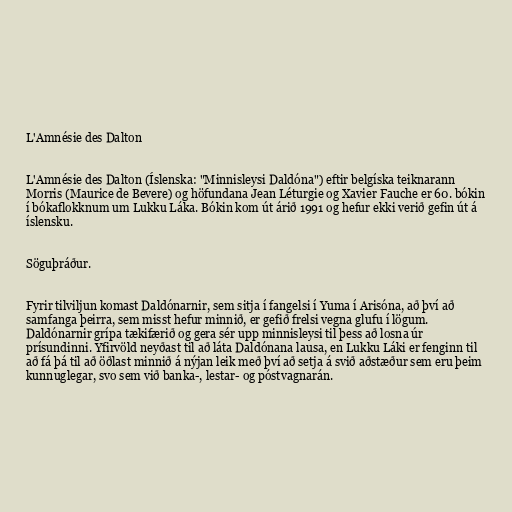
L'Amnésie des Dalton

L'Amnésie des Dalton (Íslenska: "Minnisleysi Daldóna") eftir belgíska teiknarann
Morris (Maurice de Bevere) og höfundana Jean Léturgie og Xavier Fauche er 60. bókin
í bókaflokknum um Lukku Láka. Bókin kom út árið 1991 og hefur ekki verið gefin út á
íslensku.

Söguþráður.

Fyrir tilviljun komast Daldónarnir, sem sitja í fangelsi í Yuma í Arisóna, að því að
samfanga þeirra, sem misst hefur minnið, er gefið frelsi vegna glufu í lögum.
Daldónarnir grípa tækifærið og gera sér upp minnisleysi til þess að losna úr
prísundinni. Yfirvöld neyðast til að láta Daldónana lausa, en Lukku Láki er fenginn til
að fá þá til að öðlast minnið á nýjan leik með því að setja á svið aðstæður sem eru þeim
kunnuglegar, svo sem við banka-, lestar- og póstvagnarán.